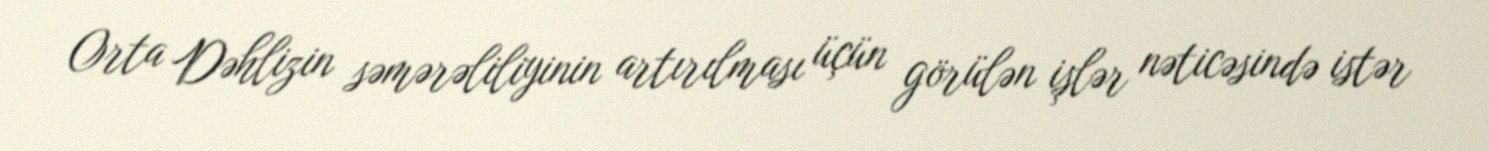
Orta Dəhlizin səmərəliliyinin artırılması üçün görülən işlər nəticəsində istər